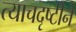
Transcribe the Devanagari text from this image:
त्याचदृष्टीने